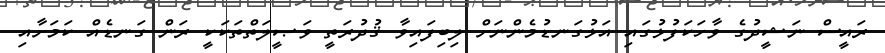
ރައީސް ނަޝީދުގެ ވާހަކަފުޅުގައި އަޅުގަނޑުމެންނަށް ލިބިފައިވާ ޤުދުރަތީ ވަޞީލަތްތަކަކީ ރަން ގަނޑެއް ކަމަށާއި